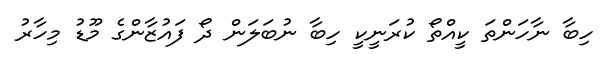
ހިބާ ނާހަންތަ ކީއްތޯ ކުރަނީކީ ހިބާ ނުބަލަން ދޯ ފައުޒާންގެ މޫޑު މިހާރު